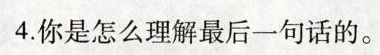
4.你是怎么理解最后一句话的。